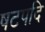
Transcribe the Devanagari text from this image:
षटपदि